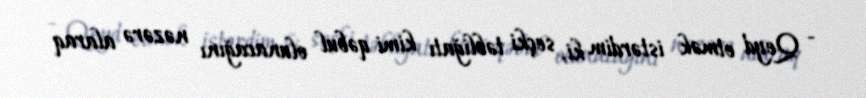
- Qeyd etmək istərdim ki, seçki təbliğatı kimi qəbul olunacağını nəzərə alaraq